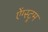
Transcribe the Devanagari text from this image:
ऐंग्स्ट्रम